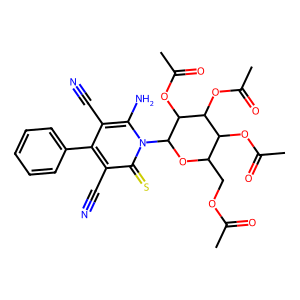
SMILES: CC(=O)OCC1OC(n2c(N)c(C#N)c(-c3ccccc3)c(C#N)c2=S)C(OC(C)=O)C(OC(C)=O)C1OC(C)=O
Inhibits HIV replication: No